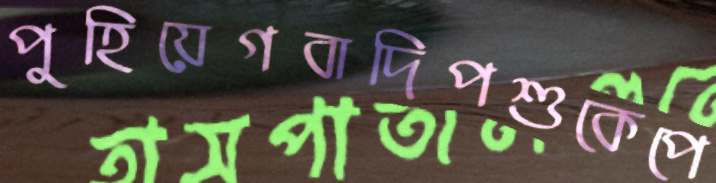
পুহিয়েগবাদিপশুকেপে